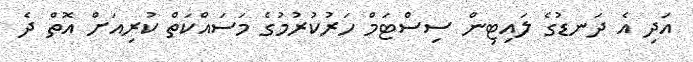
އަދި އެ ދަނޑުގެ ލައިޓިން ސިސްޓަމް ހަރުކުރުމުގެ މަސައްކަތް ކުރިއަށް އޮތް ދެ